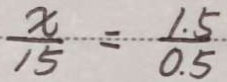
\frac { x } { 1 5 } = \frac { 1 . 5 } { 0 . 5 }